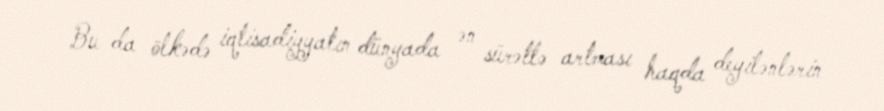
Bu da ölkədə iqtisadiyyatın dünyada ən sürətlə artması haqda deyilənlərin